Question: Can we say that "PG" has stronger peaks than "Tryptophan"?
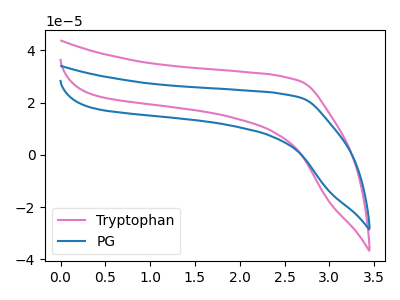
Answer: <think>The pink curve "Tryptophan" has no peaks. The blue curve "PG" has no peaks.</think>
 <answer>Niether CV has any peaks.</answer>
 <eval>blanks</eval>